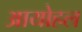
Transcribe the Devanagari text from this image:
आयोहल